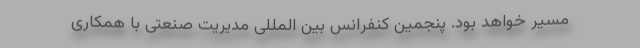
مسیر خواهد بود. پنجمین کنفرانس بین المللی مدیریت صنعتی با همکاری